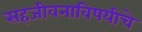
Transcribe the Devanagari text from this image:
सहजीवनाविषयीचे